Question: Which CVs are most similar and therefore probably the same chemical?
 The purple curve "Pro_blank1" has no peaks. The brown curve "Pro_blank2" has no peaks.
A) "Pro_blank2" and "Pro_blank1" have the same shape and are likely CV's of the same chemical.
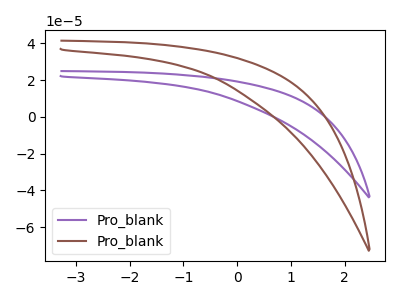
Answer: <think>Neither "Pro_blank1" or "Pro_blank2" have any peaks.
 </think>
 <answer>A) "Pro_blank2" and "Pro_blank1" have the same shape and are likely CV's of the same chemical.</answer>
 <eval>A</eval>